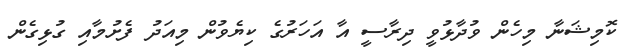
ކޮމިޝަނާ މިހެން ވުދާޅުވީ ދިރާސީ އާ އަހަރުގެ ކިޔެވުން މިއަދު ފެށުމާއި ގުޅިގެން